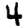
Digit: 4